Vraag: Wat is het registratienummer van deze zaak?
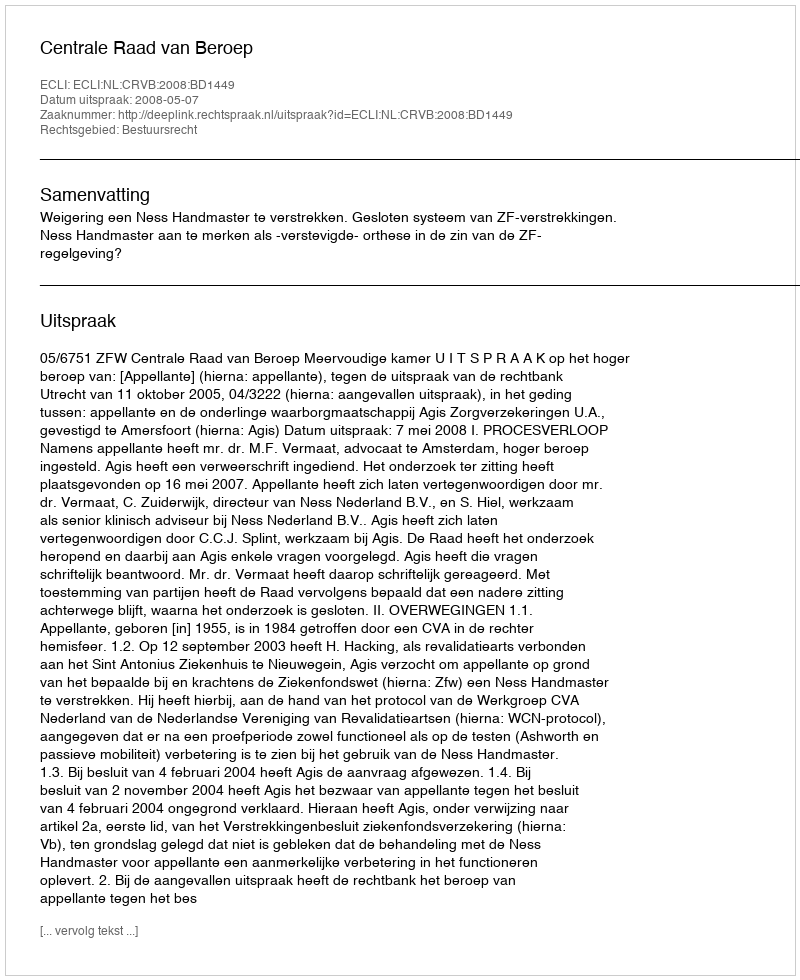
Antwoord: http://deeplink.rechtspraak.nl/uitspraak?id=ECLI:NL:CRVB:2008:BD1449